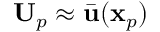
\mathbf { U } _ { p } \approx \bar { \mathbf { u } } ( \mathbf { x } _ { p } )